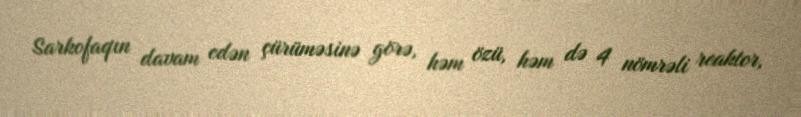
Sarkofaqın davam edən çürüməsinə görə, həm özü, həm də 4 nömrəli reaktor,